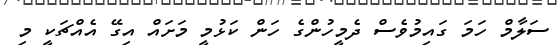
ސަލާމް ހަމަ ގައިމުވެސް ދެމީހުންގެ ހަން ކަޅުމީ މަށައް އިގޭ އެއްޗަކީ މި